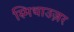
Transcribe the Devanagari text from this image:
स्मिथाउज़र